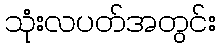
သုံးလပတ်အတွင်း